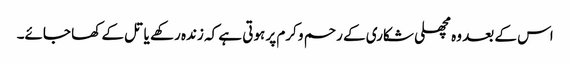
اس کے بعد وہ مچھلی شکاری کے رحم و کرم پر ہوتی ہے کہ زندہ رکھے یا تل کے کھا جائے۔